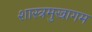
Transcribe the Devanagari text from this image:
शास्त्रमुखागम